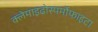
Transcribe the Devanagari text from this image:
क्लेमाइढोस्पर्मोफाइटा